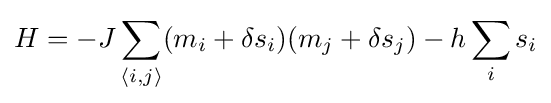
H=-J\sum _{\langle i,j\rangle }(m_{i}+\delta s_{i})(m_{j}+\delta s_{j})-h\sum _{i}s_{i}